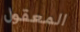
المعقول